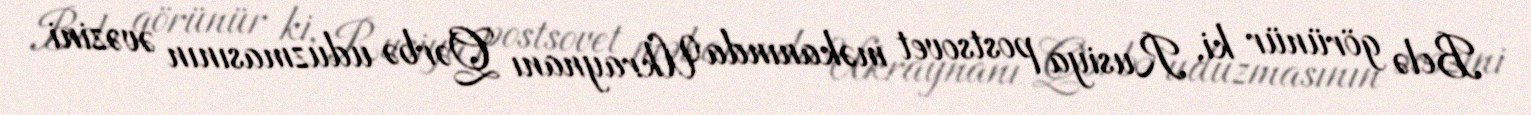
Belə görünür ki, Rusiya postsovet məkanında Ukraynanı Qərbə uduzmasının əvəzini